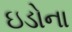
ઇડોના